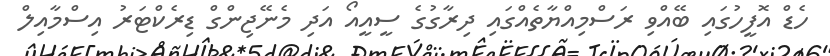
ހެޑް އޮފީހުގައި ބޭއްވި ރަސްމިއްޔާތެއްގައި ދިރާގުގެ ސީއީއޯ އަދި މެނޭޖިންގް ޑިރެކްޓަރު އިސްމާއިލް